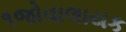
૧જોવાલાયક